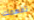
تفهمك